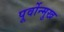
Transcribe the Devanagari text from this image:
पूर्वोन्मुख